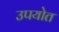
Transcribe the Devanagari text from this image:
उपयोत